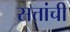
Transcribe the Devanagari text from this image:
सत्तांची